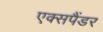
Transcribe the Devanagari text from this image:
एक्सपैंडर